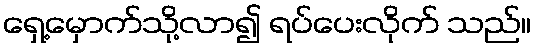
ရှေ့မှောက်သို့လာ၍ ရပ်ပေးလိုက် သည်။